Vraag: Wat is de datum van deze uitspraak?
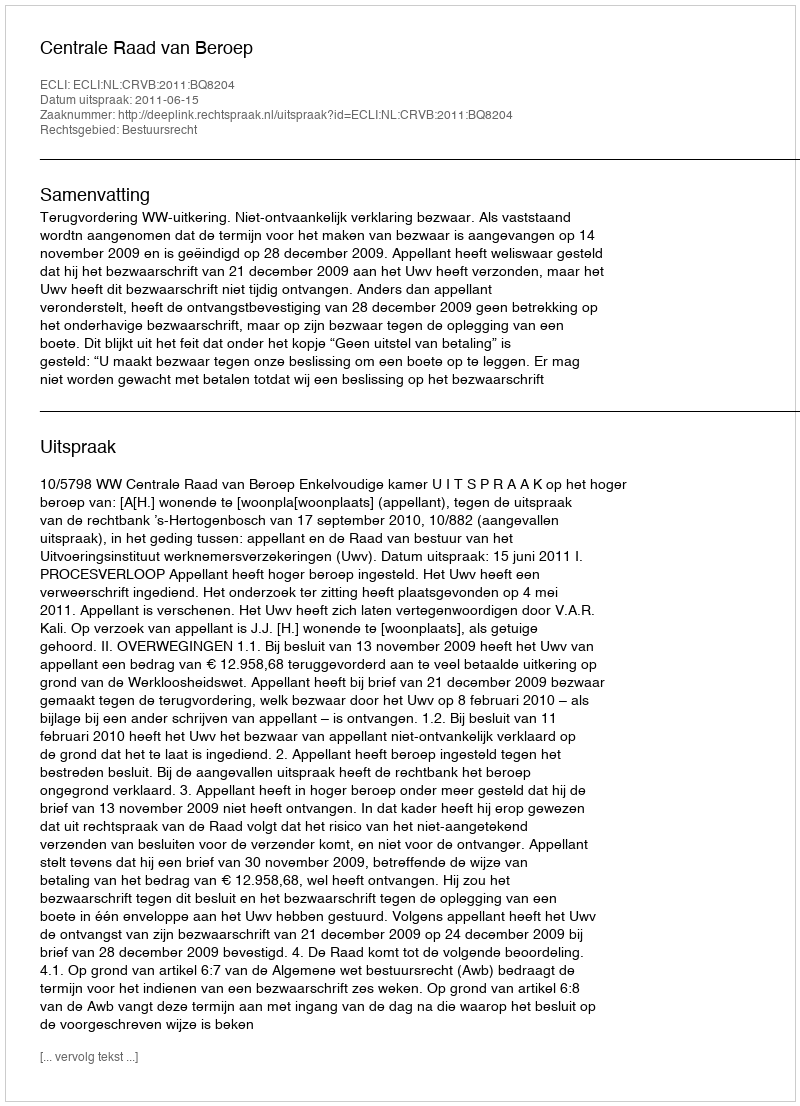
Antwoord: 2011-06-15